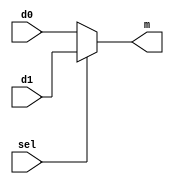
module MUX_BUB( d0, d1, m, sel);
input sel;
input [11:0] d0,d1;
output reg [11:0] m;

always@(*)

	if( sel )
		m = d1;
	else
		m = d0;

endmodule